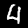
Label: 4